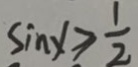
\sin x \geq \frac { 1 } { 2 }